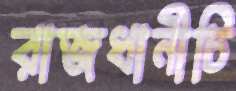
রাজধানীটি